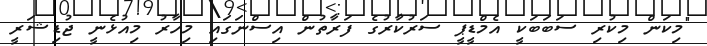
"މިކަން މިކުރި ސަބަބަކީ އެމްޑީޕީ ސަރުކާރުގެ ފަރާތުން އިސްނަގައި މިހާރު މިއުޅެނީ ޖުޑިޝަރީ